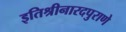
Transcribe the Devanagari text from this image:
इतिश्रीनारदपुराणे